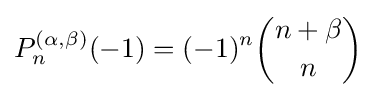
P_{n}^{(\alpha ,\beta )}(-1)=(-1)^{n}{n+\beta  \choose n}